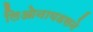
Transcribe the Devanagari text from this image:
लिओनायडसने